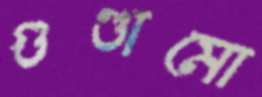
গুণ্ডামো